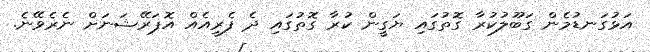
އަޅުގަނޑުމެން ގަބޫލުކުރާ ގޮތުގައި ޔަގީން ކުރާ ގޮތުގައި ދެ ފެރީއެއް އޮޕަރޭޝަނަށް ނެރެވޭނެ.